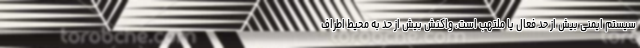
سیستم ایمنی بیش از حد فعال یا ملتهب است، واکنش بیش از حد به محیط اطراف